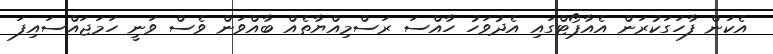
އެކަން ފާހަގަކުރަން އެއާޕޯޓްގައި އެދުވަހު ހާއްސަ ރަސްމިއްޔާތެއް ބާއްވަން ވެސް ވަނީ ހަމަޖައްސައިފަ